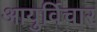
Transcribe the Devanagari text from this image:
आयुर्विचार